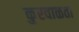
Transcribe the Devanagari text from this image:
कुरवाळता